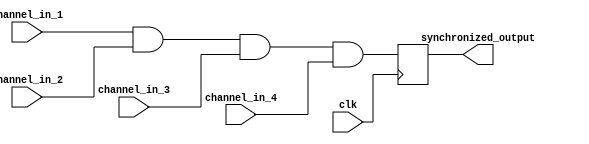
module Multi_Channel_Synchronizer(
  input wire clk,
  input wire [7:0] channel_in_1,
  input wire [7:0] channel_in_2,
  input wire [7:0] channel_in_3,
  input wire [7:0] channel_in_4,
  output reg [7:0] synchronized_output
);

always @(posedge clk) begin
  // Add timing control blocks here to synchronize input signals
  
  // Synchronization blocks to coordinate timing across all channels
  
  // Error detection and correction mechanisms
  
  // Process synchronized output signals
  synchronized_output <= channel_in_1 & channel_in_2 & channel_in_3 & channel_in_4;
  
end

endmodule